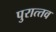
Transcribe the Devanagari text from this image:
पुरात्‍तव